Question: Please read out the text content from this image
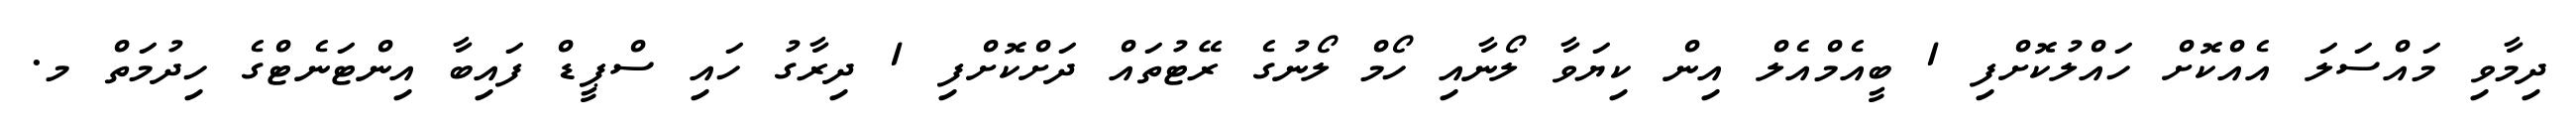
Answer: ދިމާވި މައްސަލަ އެއްކޮށް ހައްލުކޮށްފި 1 ބީއެމްއެލް އިން ކިޔަވާ ލޯނާއި ހޯމް ލޯނުގެ ރޭޓުތައް ދަށްކޮށްފި 1 ދިރާގު ހައި ސްޕީޑް ފައިބާ އިންޓަނެޓްގެ ހިދުމަތް މ.